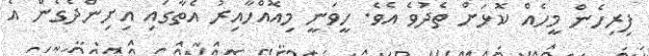
ފިރިހެން މީހެއް ކޮޅަށް ތެދުވެ އެވެ. ހީވަނީ މިއޮއްހާއިރު އެތާގައި އިށިންދެގެން އެ